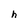
Character: h